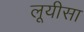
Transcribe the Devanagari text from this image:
लूयीसा